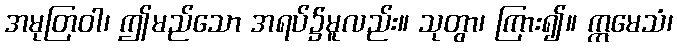
အမုတြဝါ၊ ဤမည်သော အရပ်၌မူလည်း။ သုတွာ၊ ကြား၍။ ဣမေသံ၊